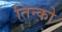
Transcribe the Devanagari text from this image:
तिन्को